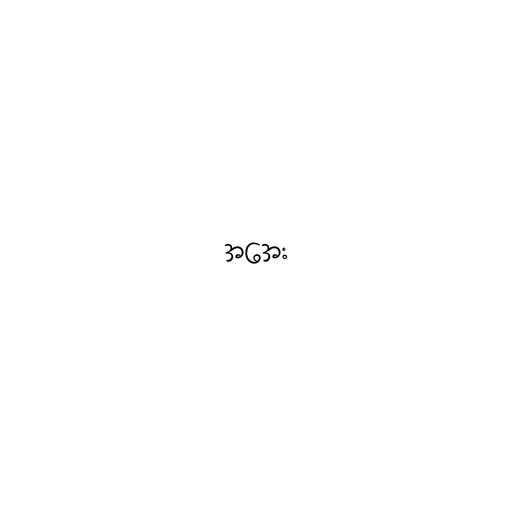
အအေး